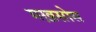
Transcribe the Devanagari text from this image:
मख़सोस